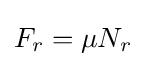
F_{r}=\mu N_{r}